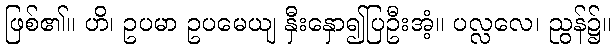
ဖြစ်၏။ ဟိ၊ ဥပမာ ဥပမေယျ နှီးနှော၍ပြဦးအံ့။ ပလ္လလေ၊ ညွန်၌။